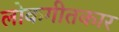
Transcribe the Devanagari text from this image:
लोकगीतकार